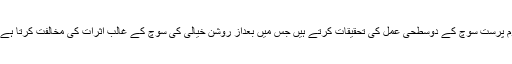
اپنے مضمون “موضوعی اور مبہم” میں پارتھ چیٹرجی قوم پرست سوچ کے دوسطحی عمل کی تحقیقات کرتے ہیں جس میں بعداز روشن خیالی کی سوچ کے غالب اثرات کی مخالفت کرتا ہے لیکن ایک اور سطح پر اس تسلط کو قبول کرنے لگتا ہے۔